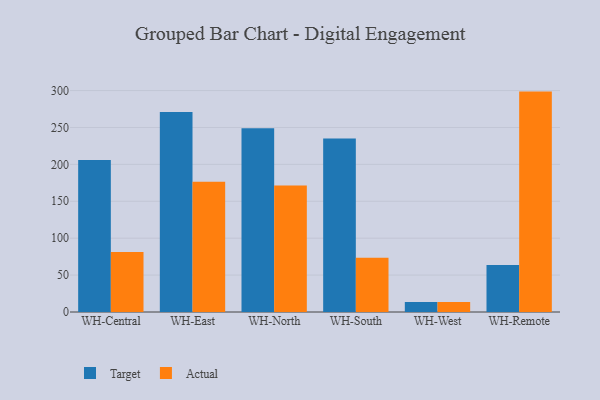
{"axis": {"x": "Warehouse", "y": "Customer Acquisition Cost (USD)"}, "legend": ["Actual", "Target"], "data": [{"x": "WH-Central", "y": 206.0, "type": "Target"}, {"x": "WH-Central", "y": 81.4, "type": "Actual"}, {"x": "WH-East", "y": 270.9, "type": "Target"}, {"x": "WH-East", "y": 176.6, "type": "Actual"}, {"x": "WH-North", "y": 248.8, "type": "Target"}, {"x": "WH-North", "y": 171.3, "type": "Actual"}, {"x": "WH-South", "y": 235.0, "type": "Target"}, {"x": "WH-South", "y": 73.4, "type": "Actual"}, {"x": "WH-West", "y": 13.7, "type": "Target"}, {"x": "WH-West", "y": 13.6, "type": "Actual"}, {"x": "WH-Remote", "y": 63.6, "type": "Target"}, {"x": "WH-Remote", "y": 298.6, "type": "Actual"}]}